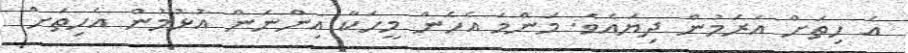
އެ ހިތަށް އަރަމުން ދިޔައެވެ. މަންމަ އެހެން މީހަކާ އިންނަން އުޅުމުން އެހިތަށް